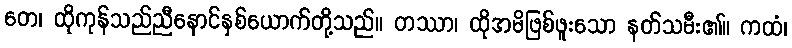
တေ၊ ထိုကုန်သည်ညီနောင်နှစ်ယောက်တို့သည်။ တဿာ၊ ထိုအမိဖြစ်ဖူးသော နတ်သမီး၏။ ကထံ၊